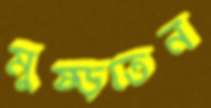
মুষ্‌ড়তেন